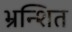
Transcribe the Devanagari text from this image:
भ्रन्शित